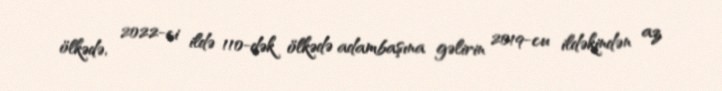
ölkədə, 2022-ci ildə 110-dək ölkədə adambaşına gəlirin 2019-cu ildəkindən az